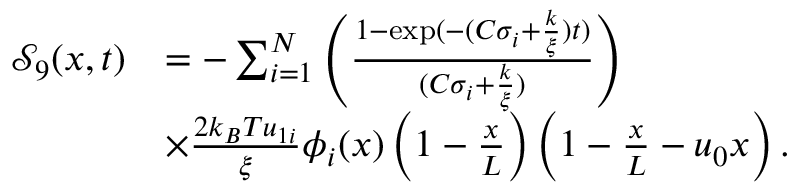
\begin{array} { r l } { \mathcal { S } _ { 9 } ( x , t ) } & { = - \sum _ { i = 1 } ^ { N } \left( \frac { 1 - \exp ( - ( C \sigma _ { i } + \frac { k } { \xi } ) t ) } { ( C \sigma _ { i } + \frac { k } { \xi } ) } \right) } \\ & { \times \frac { 2 k _ { B } T u _ { 1 i } } { \xi } \phi _ { i } ( x ) \left( 1 - \frac { x } { L } \right) \left( 1 - \frac { x } { L } - u _ { 0 } x \right) . } \end{array}